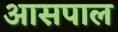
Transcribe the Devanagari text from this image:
आसपाल